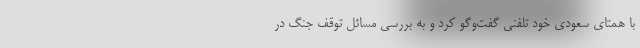
با همتای سعودی خود تلفنی گفت‌وگو کرد و به بررسی مسائل توقف جنگ در